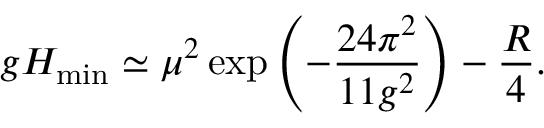
g H _ { \mathrm { m i n } } \simeq \mu ^ { 2 } \exp \left( - { \frac { 2 4 \pi ^ { 2 } } { 1 1 g ^ { 2 } } } \right) - { \frac { R } { 4 } } .